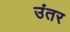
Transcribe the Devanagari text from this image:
उंतर